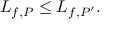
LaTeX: L _ { f , P } \leq L _ { f , P ^ { \prime } } . \,